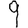
Digit: 9